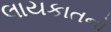
લાયકાતનો